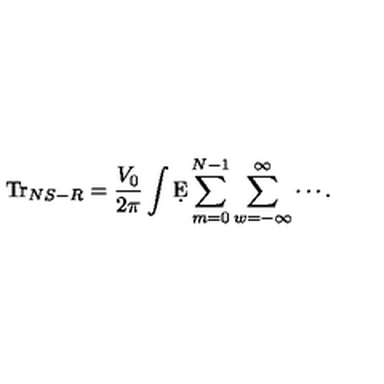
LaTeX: \mathrm { T r } _ { N S - R } = \frac { V _ { 0 } } { 2 \pi } \int \d E \sum _ { m = 0 } ^ { N - 1 } \sum _ { w = - \infty } ^ { \infty } \cdots .